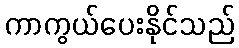
ကာကွယ်ပေးနိုင်သည်